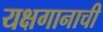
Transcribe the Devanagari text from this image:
यक्षगानाची